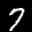
Label: 7